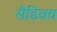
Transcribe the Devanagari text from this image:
सैडिवच